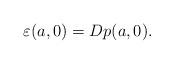
LaTeX: \begin{align*}\varepsilon (a,0)=Dp(a,0). \end{align*}